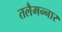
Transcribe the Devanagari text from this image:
तलैमन्‍नार